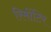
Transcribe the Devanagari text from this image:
रिमोंटिर